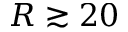
R \gtrsim 2 0